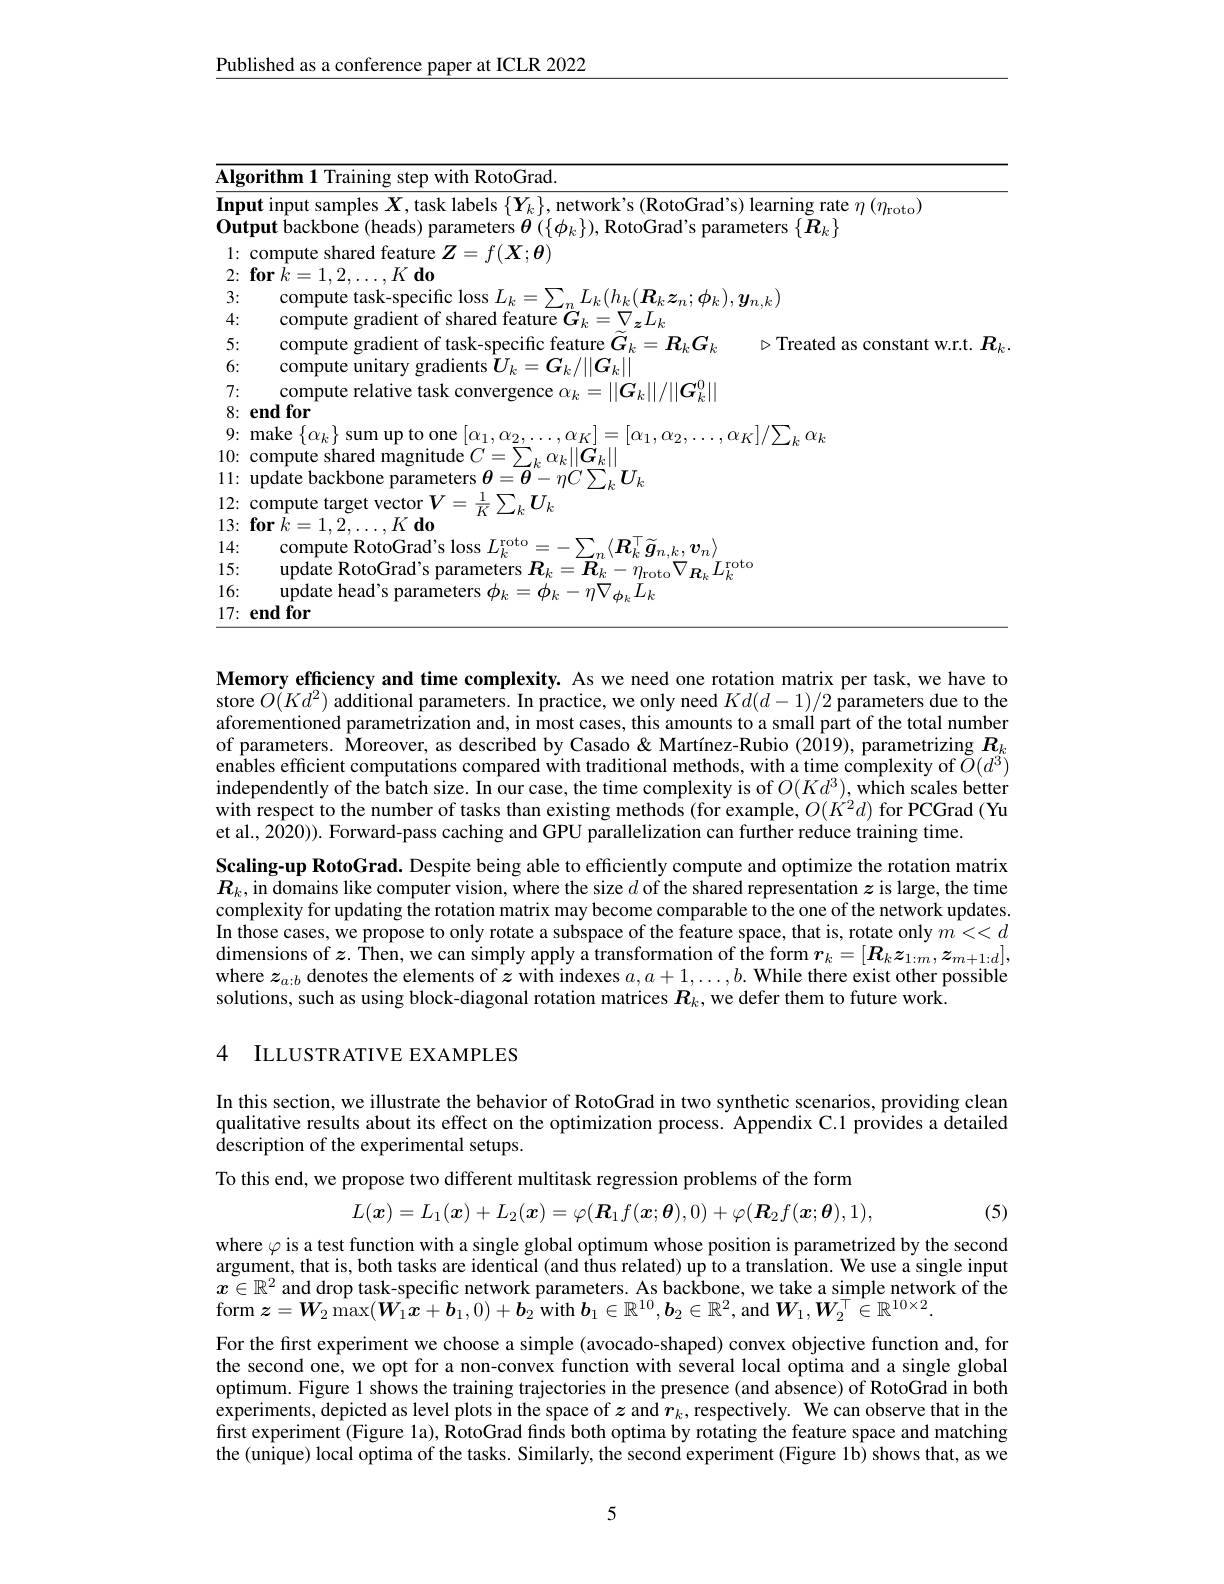
Published as a conference paper at ICLR 2022

<table>
	<tbody>
		<tr>
			<td>$\overline{\mathbf{Algo}}$</td>
			<td>orithm 1 Training step with RotoGrad.</td>
		</tr>
		<tr>
			<td>Inpu $0utj$</td>
			<td>ut input samples $X$, task labels $\{\boldsymbol Y_k\}$, network's (RotoGrad's) learning rate $\eta\left(\eta_{\mathrm{roto}}\right)$ $\textbf{tput backbone ( heads) parameters}\boldsymbol{\theta }( \{ \phi _{k}\} ) $,RotoGrad's parameters $\{\boldsymbol{R}_{k}\}$</td>
		</tr>
		<tr>
			<td>1:</td>
			<td>compute shared feature 2 $Z=f(\boldsymbol{X};\boldsymbol{\theta})$ $K$ $d$</td>
		</tr>
		<tr>
			<td>$\angle L.$</td>
			<td>LIT</td>
		</tr>
		<tr>
			<td>3:</td>
			<td>compute task-snecitc loss $L_{4}$ $\boldsymbol{t}_{k}\boldsymbol{z}_{n};\boldsymbol{\phi}_{k}),\boldsymbol{y}_{n.k}$</td>
		</tr>
		<tr>
			<td>4:</td>
			<td>compure gradier ${\mathrm{nt~ot~shared~teature~}G_{k}}=V_{\boldsymbol{z}}L_{k}$</td>
		</tr>
		<tr>
			<td>5:</td>
			<td>compute gradient ot task-specıtıc teature $G_{k}=R_{k}G_{k}$ $\triangleright$Treated as constant w.r.t</td>
		</tr>
		<tr>
			<td>6:</td>
			<td>compute unıtary gradıents $U_k$ $k=\boldsymbol{G}_{k}/\|\boldsymbol{G}_{k}\|$</td>
		</tr>
		<tr>
			<td>7:</td>
			<td>compute relatıve tas 10 $\textbf{k convergence }\alpha _{k}$ $|G_{l}||/||C_{d}$</td>
		</tr>
		<tr>
			<td>8: 1</td>
			<td>${\textbf{end for}}$</td>
		</tr>
		<tr>
			<td>9: 1</td>
			<td>make $\{$ ${\mathcal{O} }_{k}$ $\}$ sum up to one $(\boldsymbol{Y}_{1},\boldsymbol{w}_{1})$ $\alpha_{1},\alpha_{2},\ldots,\alpha_{K}$ $,\alpha_{I}$</td>
		</tr>
		<tr>
			<td>10:</td>
			<td>$s$ shared maonutude()= $\rangle$ $\rangle$ , $\alpha _{k}| \| \boldsymbol{G}_{k}$</td>
		</tr>
		<tr>
			<td>1: 1 1 T</td>
			<td>update backbone ${\mathrm{neters~}\boldsymbol{\theta}=\boldsymbol{\theta}-nC\setminus\boldsymbol{U}}$</td>
		</tr>
		<tr>
			<td>12:</td>
			<td>comnute target vector $V=-$ ${\frac{1}{\nu}}\sum_{l.}\boldsymbol{U}_{k}$</td>
		</tr>
		<tr>
			<td>13:</td>
			<td>$\textbf{for}k= 1, 2, \ldots , K\textbf{ do}$</td>
		</tr>
		<tr>
			<td>14:</td>
			<td>compute RotoGrad's loss , $I$roto $\sum_{m}\langle\boldsymbol{R}_{k}^{|}\tilde{\boldsymbol{g}}_{n,k},\boldsymbol{v}_{n}$</td>
		</tr>
		<tr>
			<td>15:</td>
			<td>undate Roto( ira$d^{\prime }$s $T$roto</td>
		</tr>
		<tr>
			<td>16:</td>
			<td>undate head's $\Upsilon$arameters $\phi_{l}=$ $=\phi_{k}-\eta\nabla_{\boldsymbol{\phi}_{\nu}}L_{k}$</td>
		</tr>
		<tr>
			<td>17: T</td>
			<td>$\mathbf{endfor}$</td>
		</tr>
	</tbody>
</table>

Memory efficiency and time complexity. As we need one rotation matrix per task, we have to store $O(Kd^{2})$ additional parameters. In practice, we only need $Kd(d-1)/2$ parameters due to the aforementioned parametrization and, in most cases, this amounts to a small part of the total number of parameters. Moreover, as described by Casado& Martínez-Rubio (2019), parametrizing $R_k$ enables efficient computations compared with traditional methods, with a time complexity of $\tilde{O}(d^3)$ independently of the batch size. In our case, the time complexity is of $O(Kd^{3})$, which scales better with respect to the number of tasks than existing methods (for example, $O(K^2d)$ for PCGrad (Yu et al., 2020)). Forward-pass caching and GPU parallelization can further reduce training time.
Scaling-up RotoGrad. Despite being able to efficiently compute and optimize the rotation matrix $R_k$,in domains like computer vision, where the size $d$ of the shared representation $z$ is large, the time complexity for updating the rotation matrix may become comparable to the one of the network updates. In those cases, we propose to only rotate a subspace of the feature space, that is, rotate only $m<<d$ dimensions of $\boldsymbol{z}.$ Then, we can simply apply a transformation of the form $\boldsymbol r_k=[\boldsymbol{R}_k\boldsymbol{z}_{1:m},\boldsymbol{z}_{m+1:d}]$, where $z_a:b$ denotes the elements of $z$ with indexes $a,a+1,\ldots,b.$ While there exist other possible solutions, such as using block-diagonal rotation matrices $R_k$, we defer them to future work.

### 4 ILLUSTRATIVE EXAMPLES

In this section, we illustrate the behavior of RotoGrad in two synthetic scenarios, providing clean qualitative results about its effect on the optimization process. Appendix C.1 provides a detailed description of the experimental setups.
To this end, we propose two different multitask regression problems of the form
$$L(\boldsymbol{x})=L_1(\boldsymbol{x})+L_2(\boldsymbol{x})=\varphi(\boldsymbol{R}_1f(\boldsymbol{x};\boldsymbol{\theta}),0)+\varphi(\boldsymbol{R}_2f(\boldsymbol{x};\boldsymbol{\theta}),1),$$
(5)

where $\varphi$ is a test function with a single global optimum whose position is parametrized by the second argument, that is, both tasks are identical (and thus related) up to a translation. We use a single input $x\in\mathbb{R}^2$ and drop task-specific network parameters. As backbone, we take a simple network of the $\operatorname{form}\boldsymbol{z}=\boldsymbol{W}_2\operatorname*{max}(\boldsymbol{W}_1\boldsymbol{x}+\boldsymbol{b}_1,0)+\boldsymbol{b}_2$ with $\boldsymbol{b}_1\in\mathbb{R}^{10},\boldsymbol{b}_2\in\mathbb{R}^2$, and $\boldsymbol{W}_1,\boldsymbol{W}_2^\top\in\mathbb{R}^{10\times2}.$

For the first experiment we choose a simple (avocado-shaped) convex objective function and, for the second one, we opt for a non-convex function with several local optima and a single global optimum. Figure 1 shows the training trajectories in the presence (and absence) of RotoGrad in both experiments, depicted as level plots in the space of $z$ and $\hat{\boldsymbol{r}}_k$, respectively. We can observe that in the frst experiment (Figure la), RotoGrad finds both optima by rotating the feature space and matching the (unique) local optima of the tasks. Similarly, the second experiment (Figure 1b) shows that, as we

5